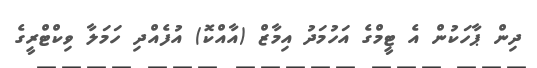
ދިން ޕާހަކުން އެ ޓީމްގެ އަހުމަދު އިމާޒް (އާއްކޮ) އުފެއްދި ހަމަލާ ވިކްޓްރީގެ